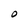
Character: O